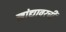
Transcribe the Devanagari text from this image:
खांद्यावरची